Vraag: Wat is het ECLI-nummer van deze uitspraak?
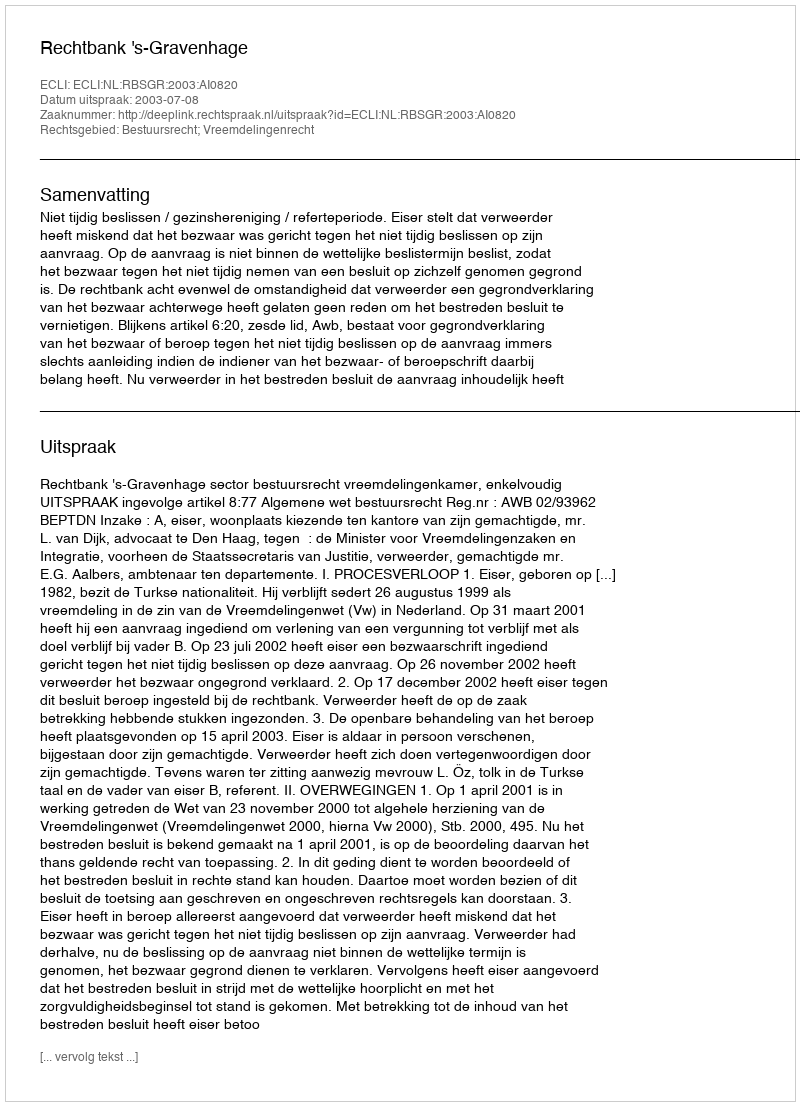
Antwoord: ECLI:NL:RBSGR:2003:AI0820